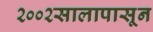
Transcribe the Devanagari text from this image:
२००२सालापासून